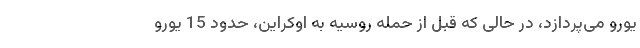
یورو می‌پردازد، در حالی که قبل از حمله روسیه به اوکراین، حدود 15 یورو